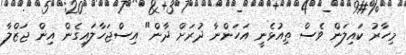
މިހާރު ކައިލަން ވެސް ތިއުޅެނީ އަހަންނާ ދުރަށް ދާން" އިސްޖަހާލައިގެން އިން ޖަޒްލާ